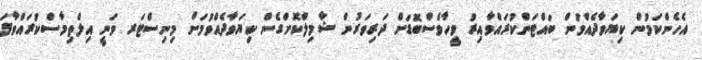
އެހެންކަމުން ކިޔަވާދެއްވުން ބައްޓަންކުރައްވާއިރު ވީހާވެސްބޮޑަށް ދަރިވަރުން ޝާމިލްކޮށްގެން ކިޔަވާދެއްވުމަށް މިނިސްޓަރ ވަނީ އިލްތިމާސްކުރައްވާފަ